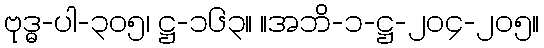
ဗုဒ္ဓ-ပါ-၃၀၅၊ ဋ္ဌ-၁၆၃။ ။အဘိ-၁-ဋ္ဌ-၂၀၄-၂၀၅။